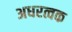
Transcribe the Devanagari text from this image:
अधरत्वक